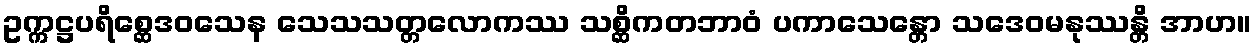
ဥက္ကဋ္ဌပရိစ္ဆေဒဝသေန သေသသတ္တလောကဿ သစ္ဆိကတဘာဝံ ပကာသေန္တော သဒေဝမနုဿန္တိ အာဟ။